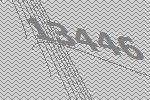
13446